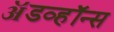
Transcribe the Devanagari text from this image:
ॲडव्हॉन्स